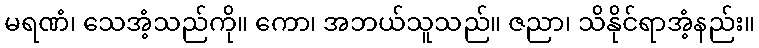
မရဏံ၊ သေအံ့သည်ကို။ ကော၊ အဘယ်သူသည်။ ဇညာ၊ သိနိုင်ရာအံ့နည်း။